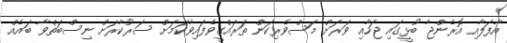
އާފަލާއި އޮރެންޖާ ބުޅީގައި ޖަހާއި ވަރަށް މަސްވެރިކަން ތަރައްގީވެފައިވާކަމަށް ސަރުކާރަށް ނިސްބަތްވާ ބައެއް